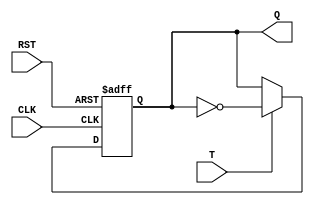
`timescale 1ns / 1ps
//////////////////////////////////////////////////////////////////////////////////
// Company: 
// Engineer: 
// 
// Design Name: 
// Module Name: COUNTER
// Project Name: 
// Target Devices: 
// Tool Versions: 
// Description: 
// 
// Dependencies: 
// 
// Revision:
// Revision 0.01 - File Created
// Additional Comments:
// 
//////////////////////////////////////////////////////////////////////////////////
module T(T,CLK,RST,Q);
input T,RST,CLK;
output reg Q;
always@(negedge CLK or posedge RST)
begin
if (RST)
Q<=1'b0;
else if (T)
Q<=(~Q);
else 
Q<=Q;
end
endmodule

module COUNTER(Q,T,CLK,RST);
input T;
input CLK,RST;
output [2:0]Q;

T F1(T,CLK,RST,Q[0]);
T F2(T,Q[0],RST,Q[1]);
T F3(T,Q[1],RST,Q[2]);

endmodule